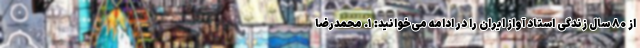
از ۸۰ سال زندگی استاد آواز ایران را در ادامه می‌خوانید: ۱. محمدرضا